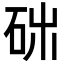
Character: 𥑓